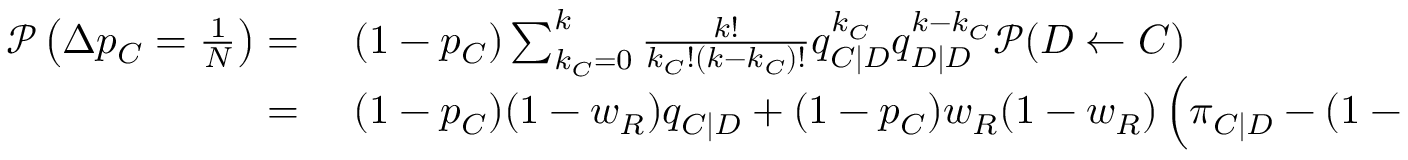
\begin{array} { r l } { \mathcal { P } \left( \Delta p _ { C } = \frac { 1 } { N } \right) = } & { { } ~ ( 1 - p _ { C } ) \sum _ { k _ { C } = 0 } ^ { k } { \frac { k ! } { k _ { C } ! ( k - k _ { C } ) ! } q _ { C | D } ^ { k _ { C } } q _ { D | D } ^ { k - k _ { C } } \mathcal { P } ( D \gets C ) } } \\ { = } & { { } ~ ( 1 - p _ { C } ) ( 1 - w _ { R } ) q _ { C | D } + ( 1 - p _ { C } ) w _ { R } ( 1 - w _ { R } ) \left( \pi _ { C | D } - ( 1 - w _ { I } ) \frac { 1 + ( k - 1 ) q _ { C | D } } { k } b \right) q _ { C | D } \delta } \end{array}